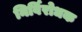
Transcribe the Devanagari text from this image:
निर्विरोधक